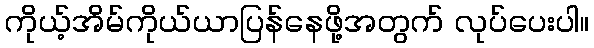
ကိုယ့်အိမ်ကိုယ်ယာပြန်နေဖို့အတွက် လုပ်ပေးပါ။